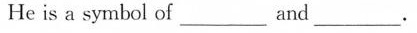
He is a symbol of____and____.